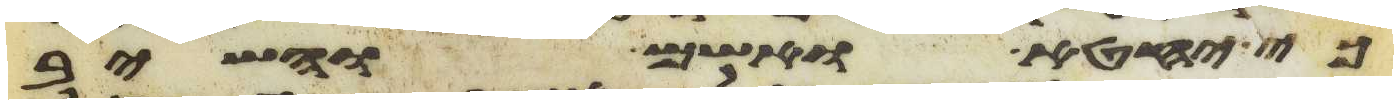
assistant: כי יחטא ואשם והשיב